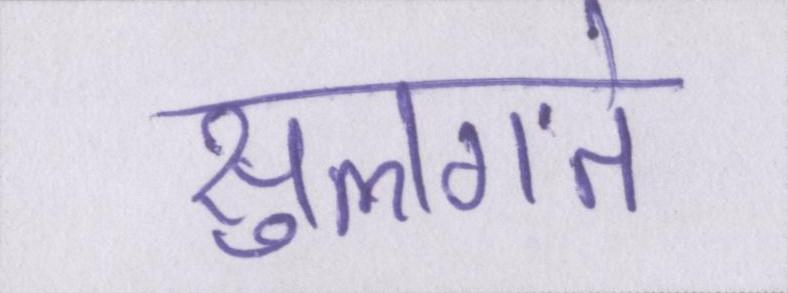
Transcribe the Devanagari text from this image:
सुलगते